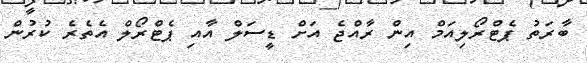
ބާރަތު ޕެޓްރޯލިއަމް އިން ރާއްޖެ އަށް ޑީސަލް އާއި ޕެޓްރޯލް އެތެރެ ކުރުން